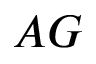
A G